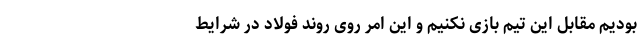
بودیم مقابل این تیم بازی نکنیم و این امر روی روند فولاد در شرایط